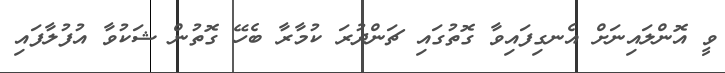
ވީ އޮންލައިނަށް އެނގިފައިވާ ގޮތުގައި ޗަންދުރަ ކުމާރާ ބެހޭ ގޮތުން ޝަކުވާ އުފުލާފައި